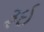
રૂઇ